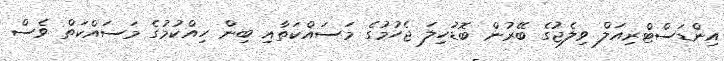
އިންޑަސްޓްރިއަލް ވިލެޖުގެ ބޭރުން ބޮޑުހިލަ ޖެހުމުގެ މަސައްކަތާއި ބިން ހިއްކުމުގެ މަސައްކަތް ވެސް